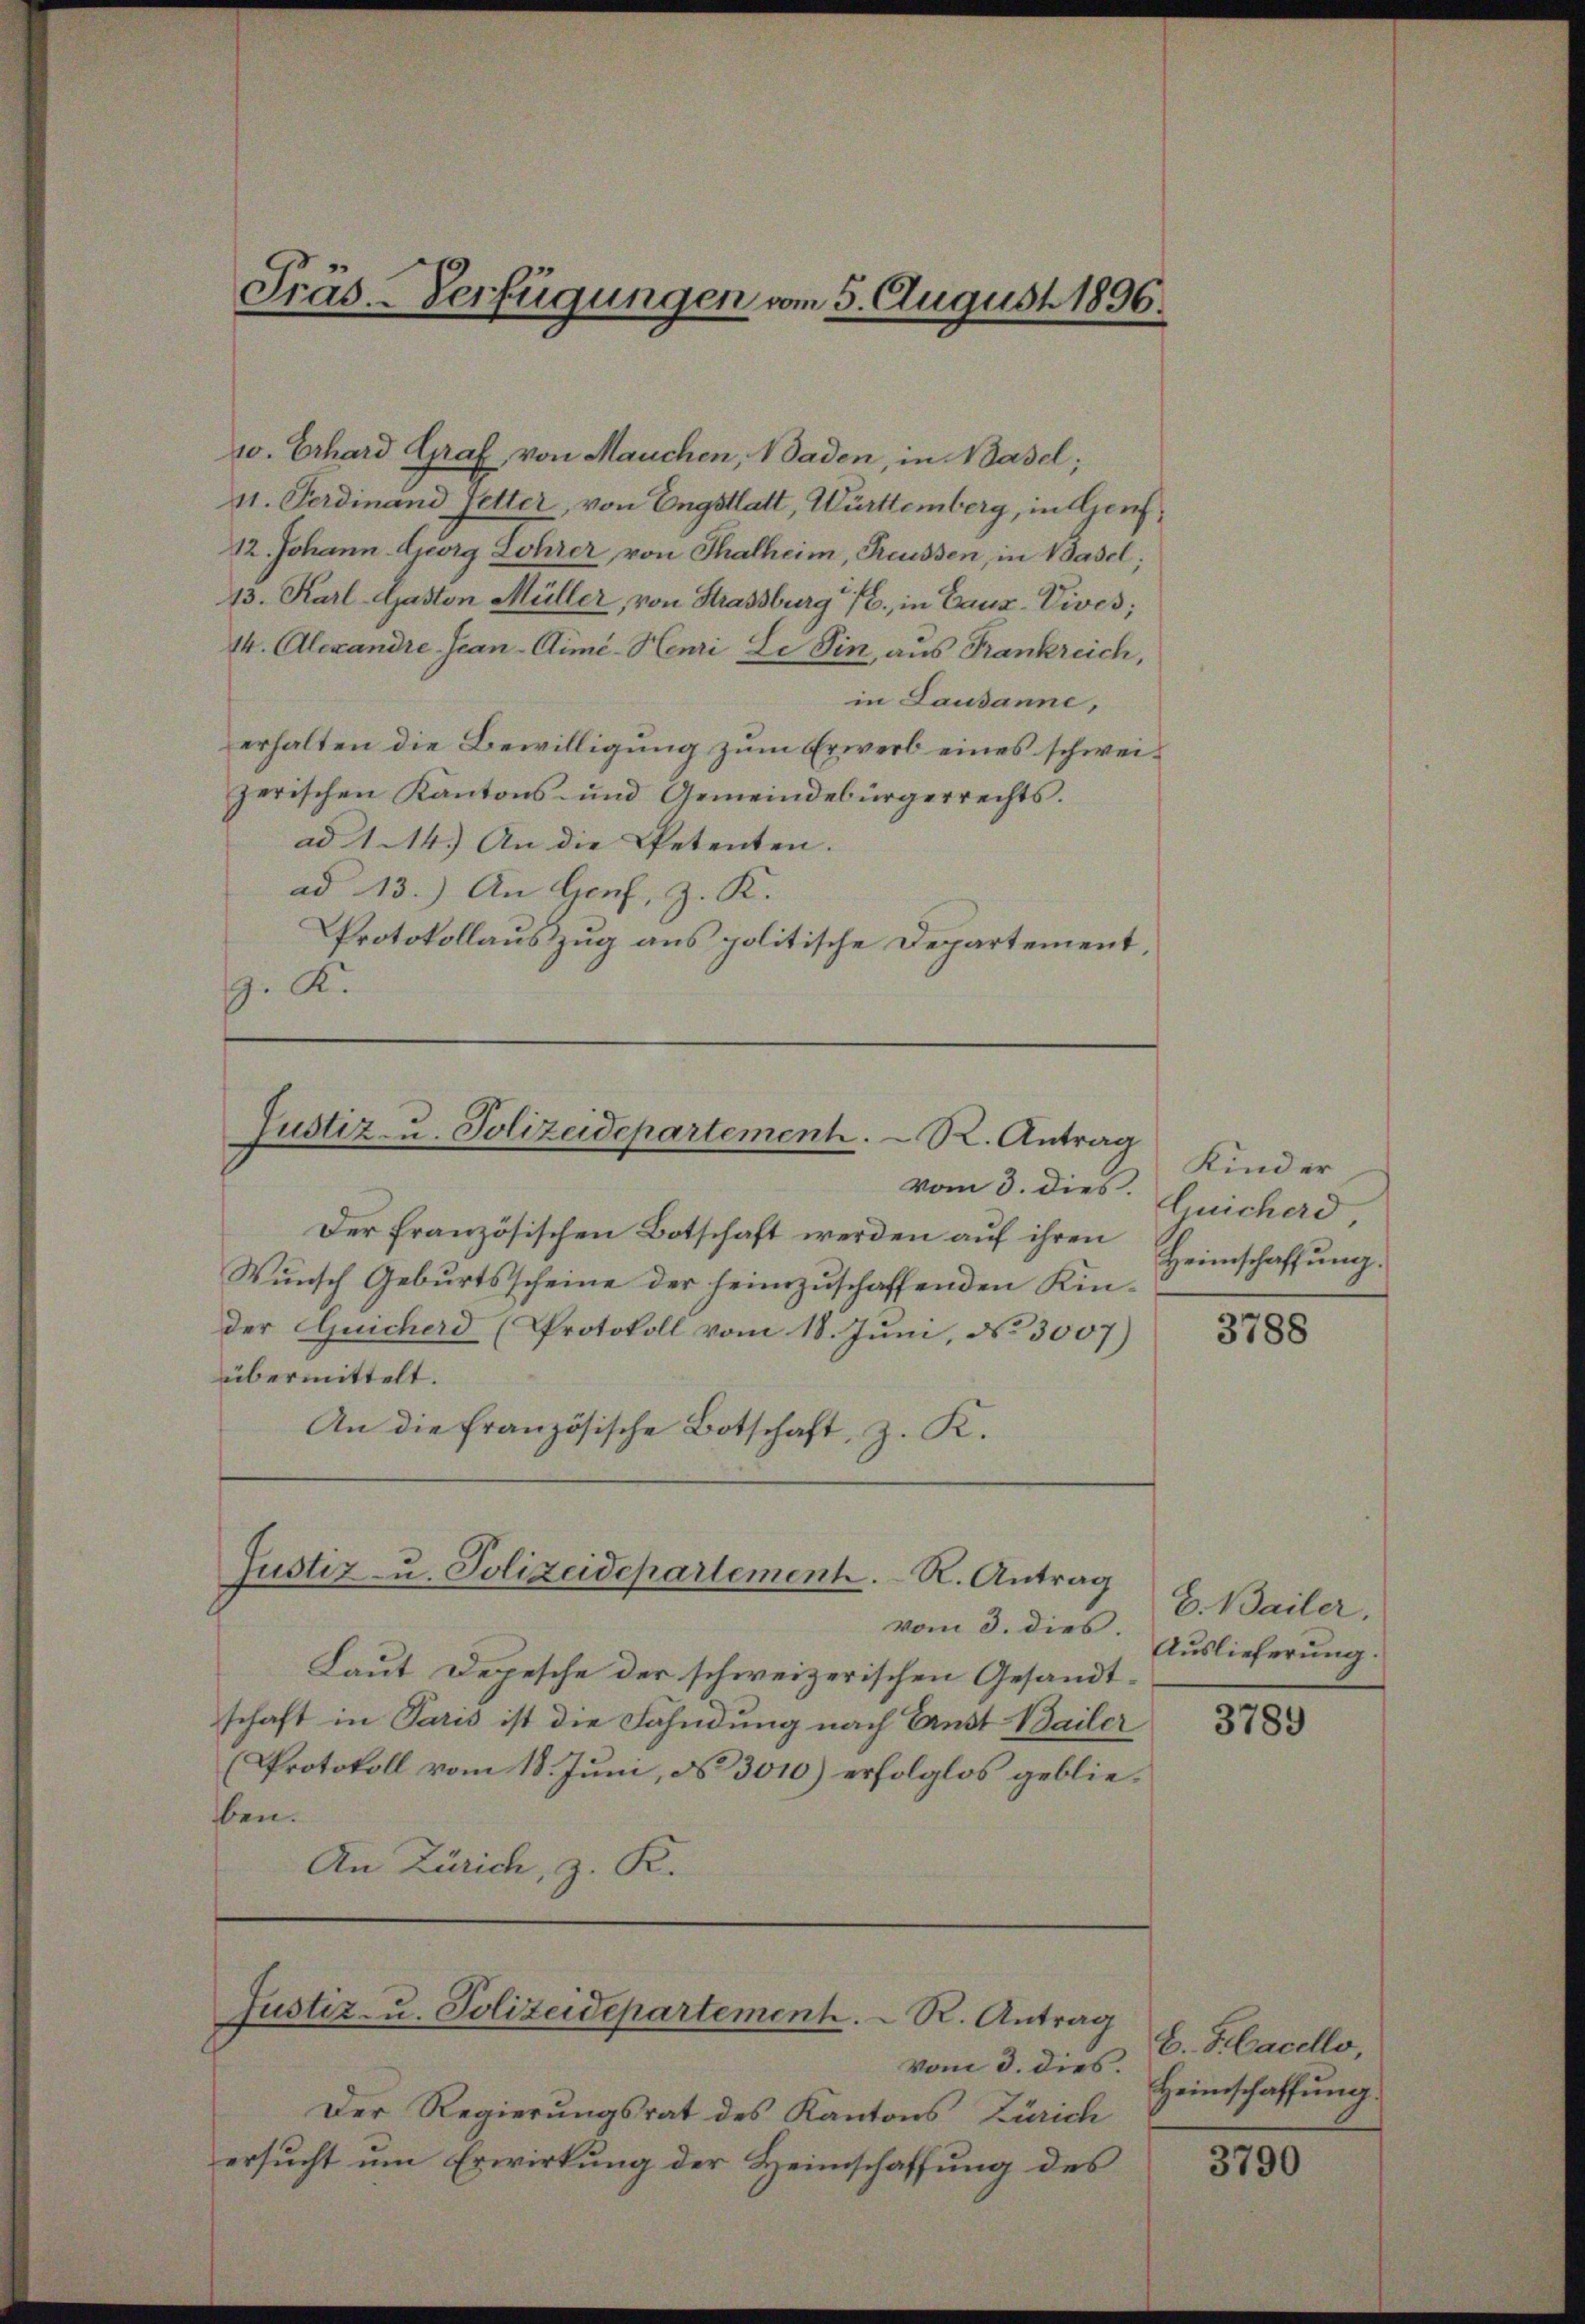
w. Erhard Graf von Mauchen, Baden, in Basel;
41. Ferdinand Vetter, von Engstatt, Württemberg, in Genf,
12. Johann Georg Lohrer von Thalheim, Reussen, in Basel;
13. Karl-Gaston Müller, von Strassburg 1., in Erus-Vives;
14. Alexandre Jean-Aimé-Henri Li Sin, aus Frankreich,
in Lausanne,
erhalten die Bewilligung zum Erwerb eines schweizerischen Kantons- und Gemeindebürgerrechts.
ad 1. M.) An die Petenten.
ad 13.) An Genf, z. K.
Protokollauszug aus politische Departement,
. K.

Präs.-Verfügungen vom 5. August 1896.

Justiz- u. Polizeidepartement. R. Antrag

vom 3. dies. Quicherd
Der französischen Botschaft werden auf ihren
Wunsch Geburtsscheine der heimzuschaffenden Kinder Quicherd (Protokoll vom 18. Jŭni, N. 3007)
übermittelt.
An die französische Botschaft, z. K.

vom 3. dies.
Laut Depesche der schweizerischen Gesandtschaft in Paris ist die Fahndung nach Ernst Bailer
Protokoll vom 18. Juni, No 3010) erfolglos geblieben.
An Zürich, z. K.

Justiz- u. Polizeidepartement. R. Antrag

Justiz- u. Polizeidepartement. R. Antrag

vom 3. dies
Der Regierungsrat des Kantons Zürich
ersucht um Erwirkung der Heimschaffung des

Kinder
Heimschaffung.

3788

H. Bailer.
Auslieferung

3789

E.Hacello,
Heimschaffung.

3790